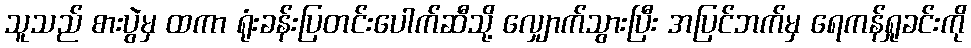
သူသည် စားပွဲမှ ထကာ ရုံးခန်းပြတင်းပေါက်ဆီသို့ လျှောက်သွားပြီး အပြင်ဘက်မှ ရေကန်ရှုခင်းကို